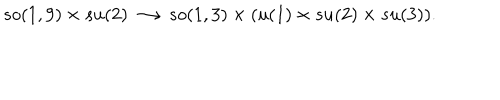
LaTeX: s o ( 1 , 9 ) \times s u ( 2 ) \longrightarrow s o ( 1 , 3 ) \times ( u ( 1 ) \times s u ( 2 ) \times s u ( 3 ) ) .